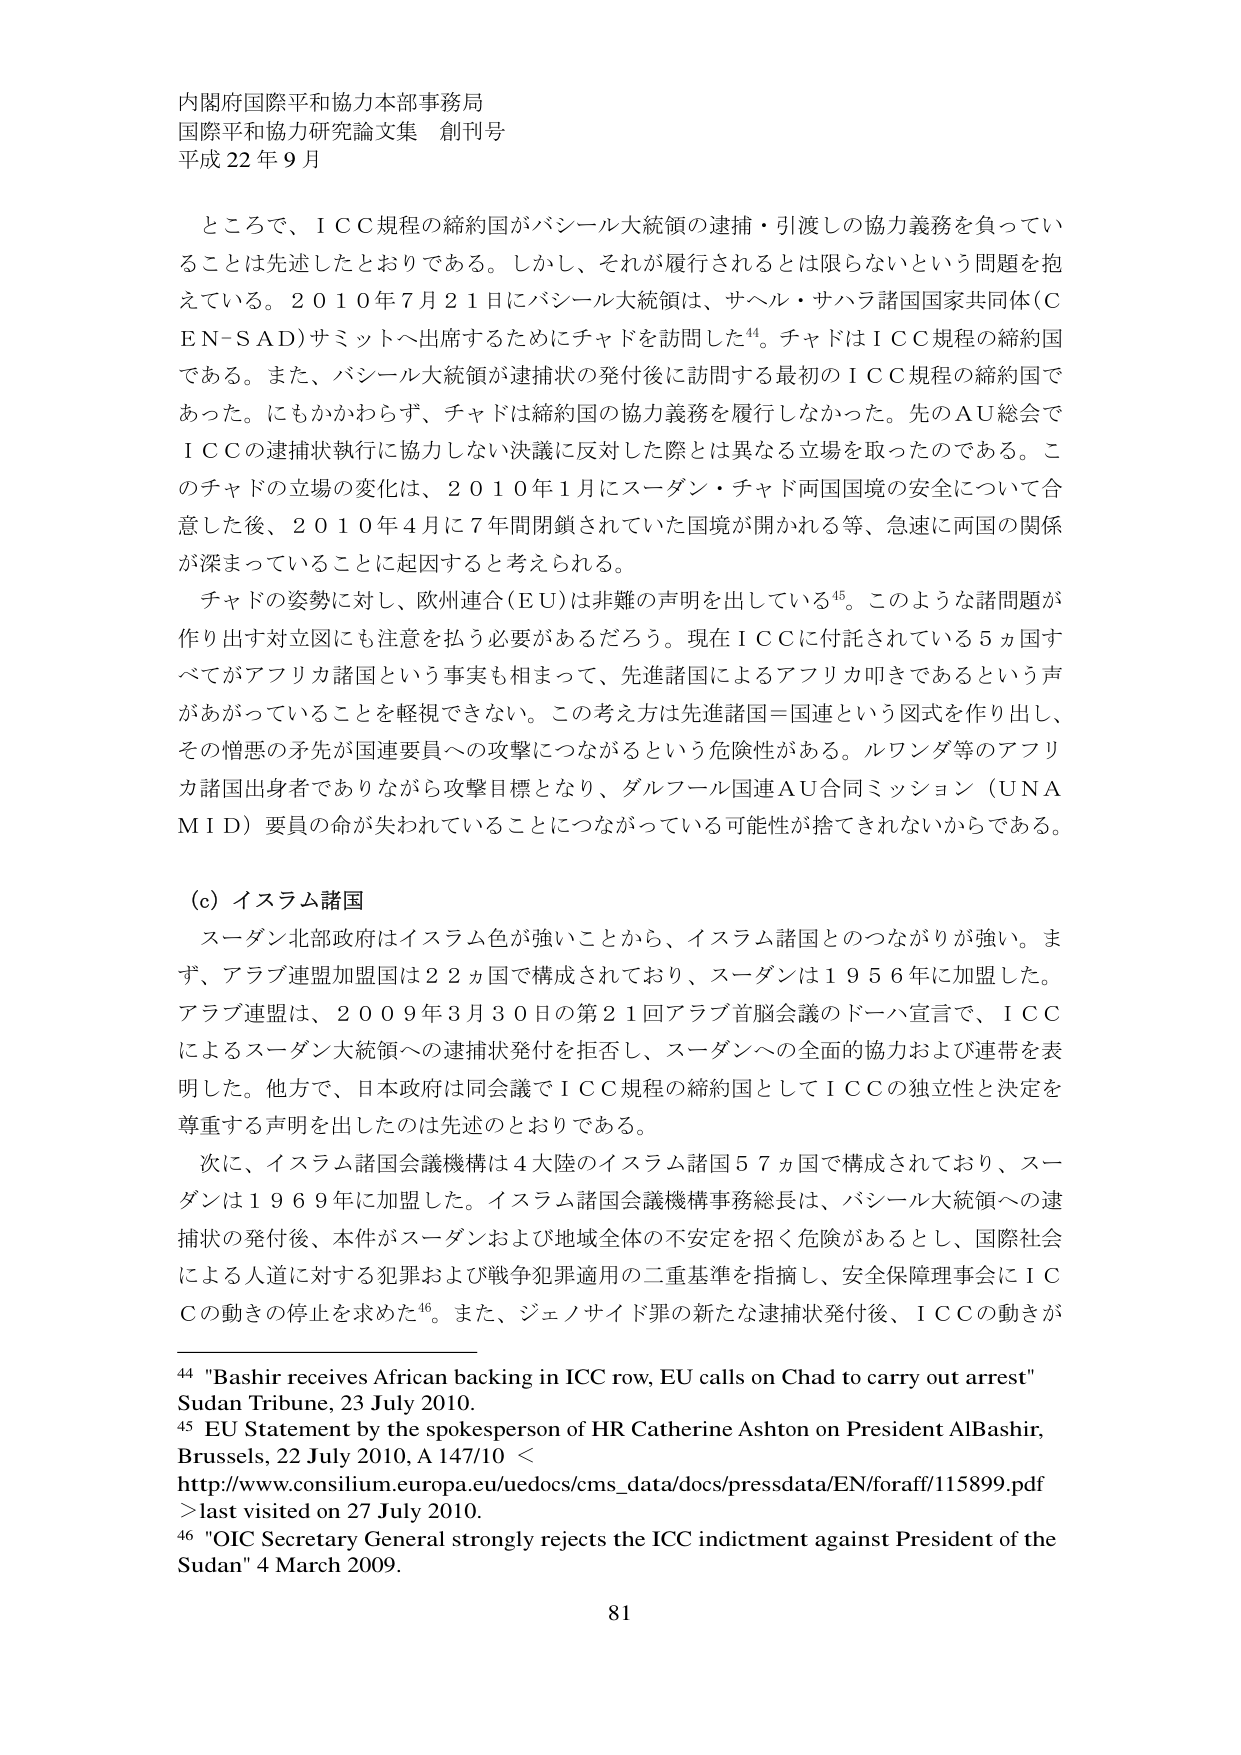
内閣府国際平和協力本部事務局
国際平和協力研究論文集 創刊号
平成22年9月

ところで、ＩＣＣ規程の締約国がバシール大統領の逮捕・引渡しの協力義務を負っていることは先述したとおりである。しかし、それが履行されるとは限らないという問題を抱えている。２０１０年７月２１日にバシール大統領は、サヘル・サハラ諸国国家共同体（ＣＥＮ－ＳＡＤ）サミットへ出席するためにチャドを訪問した⁴⁴。チャドはＩＣＣ規程の締約国である。また、バシール大統領が逮捕状の発付後に訪問する最初のＩＣＣ規程の締約国であった。にもかかわらず、チャドは締約国の協力義務を履行しなかった。先のＡＵ総会でＩＣＣの逮捕状執行に協力しない決議に反対した際とは異なる立場を取ったのである。このチャドの立場の変化は、２０１０年１月にスーダン・チャド両国国境の安全について合意した後、２０１０年４月に７年間閉鎖されていた国境が開かれる等、急速に両国の関係が深まっていることに起因すると考えられる。

チャドの姿勢に対し、欧州連合（ＥＵ）は非難の声明を出している⁴⁵。このような諸問題が作り出す対立図にも注意を払う必要があるだろう。現在ＩＣＣに付託されている５ヵ国すべてがアフリカ諸国という事実も相まって、先進諸国によるアフリカ叩きであるという声があがっていることを軽視できない。この考え方は先進諸国＝国連という図式を作り出し、その憎悪の矛先が国連要員への攻撃につながるという危険性がある。ルワンダ等のアフリカ諸国出身者でありながら攻撃目標となり、ダルフール国連ＡＵ合同ミッション（ＵＮＡＭＩＤ）要員の命が失われていることにつながっている可能性が捨てきれないからである。

（ｃ）イスラム諸国

スーダン北部政府はイスラム色が強いことから、イスラム諸国とのつながりが強い。まず、アラブ連盟加盟国は２ヵ国で構成されており、スーダンは１９５６年に加盟した。アラブ連盟は、２００９年３月３０日の第２１回アラブ首脳会議のドーハ宣言で、ＩＣＣによるスーダン大統領への逮捕状発付を拒否し、スーダンへの全面的協力および連帯を表明した。他方で、日本政府は同会議でＩＣＣ規程の締約国としてＩＣＣの独立性と決定を尊重する声明を出したのは先述のとおりである。

次に、イスラム諸国会議機構は４大陸のイスラム諸国５７ヵ国で構成されており、スーダンは１９６９年に加盟した。イスラム諸国会議機構事務総長は、バシール大統領への逮捕状の発付後、本件がスーダンおよび地域全体の不安定を招く危険があるとし、国際社会による人道に対する犯罪および戦争犯罪適用の二重基準を指摘し、安全保障理事会にＩＣＣの動きの停止を求めた⁴⁶。また、ジェノサイド罪の新たな逮捕状発付後、ＩＣＣの動きが

⁴⁴ "Bashir receives African backing in ICC row, EU calls on Chad to carry out arrest"
Sudan Tribune, 23 July 2010.
⁴⁵ EU Statement by the spokesperson of HR Catherine Ashton on President AlBashir,
Brussels, 22 July 2010, A 147/10 ＜
http://www.consilium.europa.eu/uedocs/cms_data/docs/pressdata/EN/foraff/115899.pdf
＞ last visited on 27 July 2010.
⁴⁶ "OIC Secretary General strongly rejects the ICC indictment against President of the
Sudan" 4 March 2009.

81